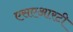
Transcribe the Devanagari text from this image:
एसएआरटी